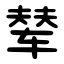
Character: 辇